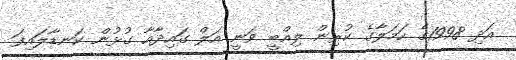
އަދި 1998ގެ ހަމަލާގެ ކުރިން ލިއްބީ ވަނީ އަލް ގައިދާއާ ގުޅުން ކަނޑާލައިފަ